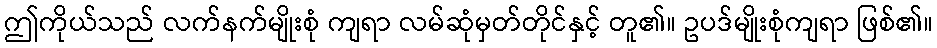
ဤကိုယ်သည် လက်နက်မျိုးစုံ ကျရာ လမ်ဆုံမှတ်တိုင်နှင့် တူ၏။ ဥပဒ်မျိုးစုံကျရာ ဖြစ်၏။